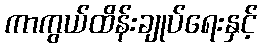
ကာကွယ်ထိန်းချုပ်ရေးနှင့်